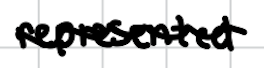
Text: represented
Cross-out: wave
Writing tool: digital_black